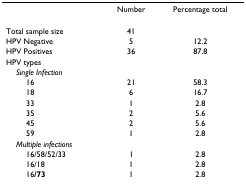
|  | Number | Percentage total |
 | --- | --- | --- |
 | Total sample size | 41 |  |
 | HPV Negative | 5 | 12.2 |
 | HPV Positives | 36 | 87.8 |
 | HPV types |  |  |
 | Single Infection |  |  |
 | 16 | 21 | 58.3 |
 | 18 | 6 | 16.7 |
 | 33 | 1 | 2.8 |
 | 35 | 2 | 5.6 |
 | 45 | 2 | 5.6 |
 | 59 | 1 | 2.8 |
 | Multiple infections |  |  |
 | 16/58/52/33 | 1 | 2.8 |
 | 16/18 | 1 | 2.8 |
 | 16/73 | 1 | 2.8 |